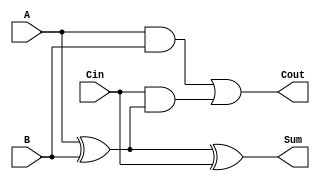
module full_adder (
    input wire A,    // First input bit
    input wire B,    // Second input bit
    input wire Cin,  // Carry-in bit
    output wire Sum, // Sum output
    output wire Cout // Carry-out output
);

// Intermediate signals
wire AxorB;

// Sum calculation: Sum = A XOR B XOR Cin
assign AxorB = A ^ B;       // First XOR
assign Sum = AxorB ^ Cin;   // Second XOR

// Carry-out calculation: Cout = (A AND B) OR (Cin AND (A XOR B))
assign Cout = (A & B) | (Cin & AxorB);

endmodule